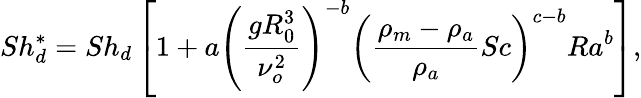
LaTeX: Sh_{d}^{*}=Sh_{d}\left[1+a\left(\frac{gR_{0}^{3}}{\nu_{o}^{2}}\right)^{-b}\left(\frac{\rho_{m}-\rho_{a}}{\rho_{a}}Sc\right)^{c-b}Ra^{b}\right],